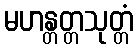
မဟန္တတ္တသုတ္တံ